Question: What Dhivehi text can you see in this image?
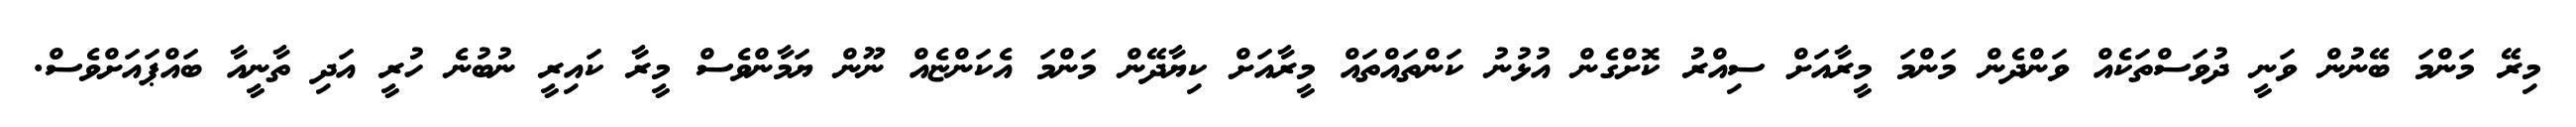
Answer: މިރޭ މަންމަ ބޭނުން ވަނީ ދުވަސްތަކެއް ވަންދެން މަންމަ މީރާއަށް ސިއްރު ކޮށްގެން އުޅުނު ކަންތައްތައް މީރާއަށް ކިޔާދޭން މަންމަ އެކަންޏެއް ނޫން ޔަމާންވެސް މީރާ ކައިރީ ނުބުނެ ހުރީ އަދި ތާނީއާ ބައްޕައަށްވެސް.